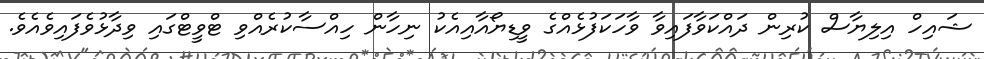
ޝައިހް އިލިޔާސް ކުރިން ދައްކަވާފައިވާ ވާހަކަފުޅެއްގެ ވީޑިޔޯއާއިއެކު ނިހާން ހިއްސާކުރެއްވި ޓްވީޓްގައި ވިދާޅުވެފައިވެއެވެ.